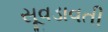
સૂવડાવતી